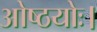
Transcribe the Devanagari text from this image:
ओष्ठयोः।